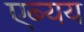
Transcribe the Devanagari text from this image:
एब्यय